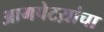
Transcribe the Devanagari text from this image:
आगपेटय़ांचा